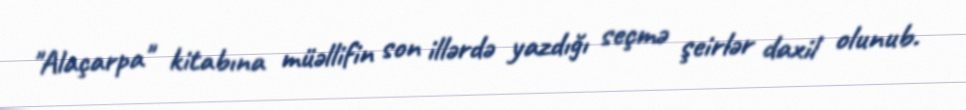
"Alaçarpa" kitabına müəllifin son illərdə yazdığı seçmə şeirlər daxil olunub.